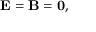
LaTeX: \mathbf { E } = \mathbf { B } = \mathbf { 0 } ,